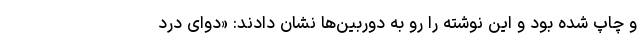
و چاپ شده بود و این نوشته را رو به دوربین‌ها نشان دادند: «دوای درد